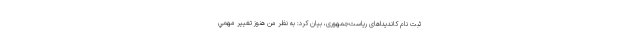
ثبت نام کاندیداهای ریاست‌جمهوری، بیان کرد: به نظر من هنوز تغيير مهمي